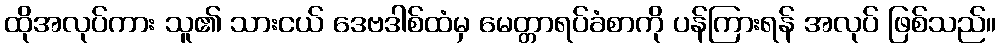
ထိုအလုပ်ကား သူ၏ သားငယ် ဒေဗဒါစ်ထံမှ မေတ္တာရပ်ခံစာကို ပန်ကြားရန် အလုပ် ဖြစ်သည်။